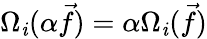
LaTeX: \Omega_{\mathit{i}}(\alpha\vec{{f}})=\alpha\Omega_{\mathit{i}}(\vec{{f}})